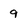
Character: 9